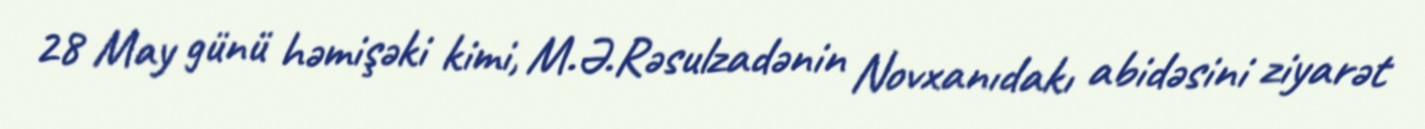
28 May günü həmişəki kimi, M.Ə.Rəsulzadənin Novxanıdakı abidəsini ziyarət